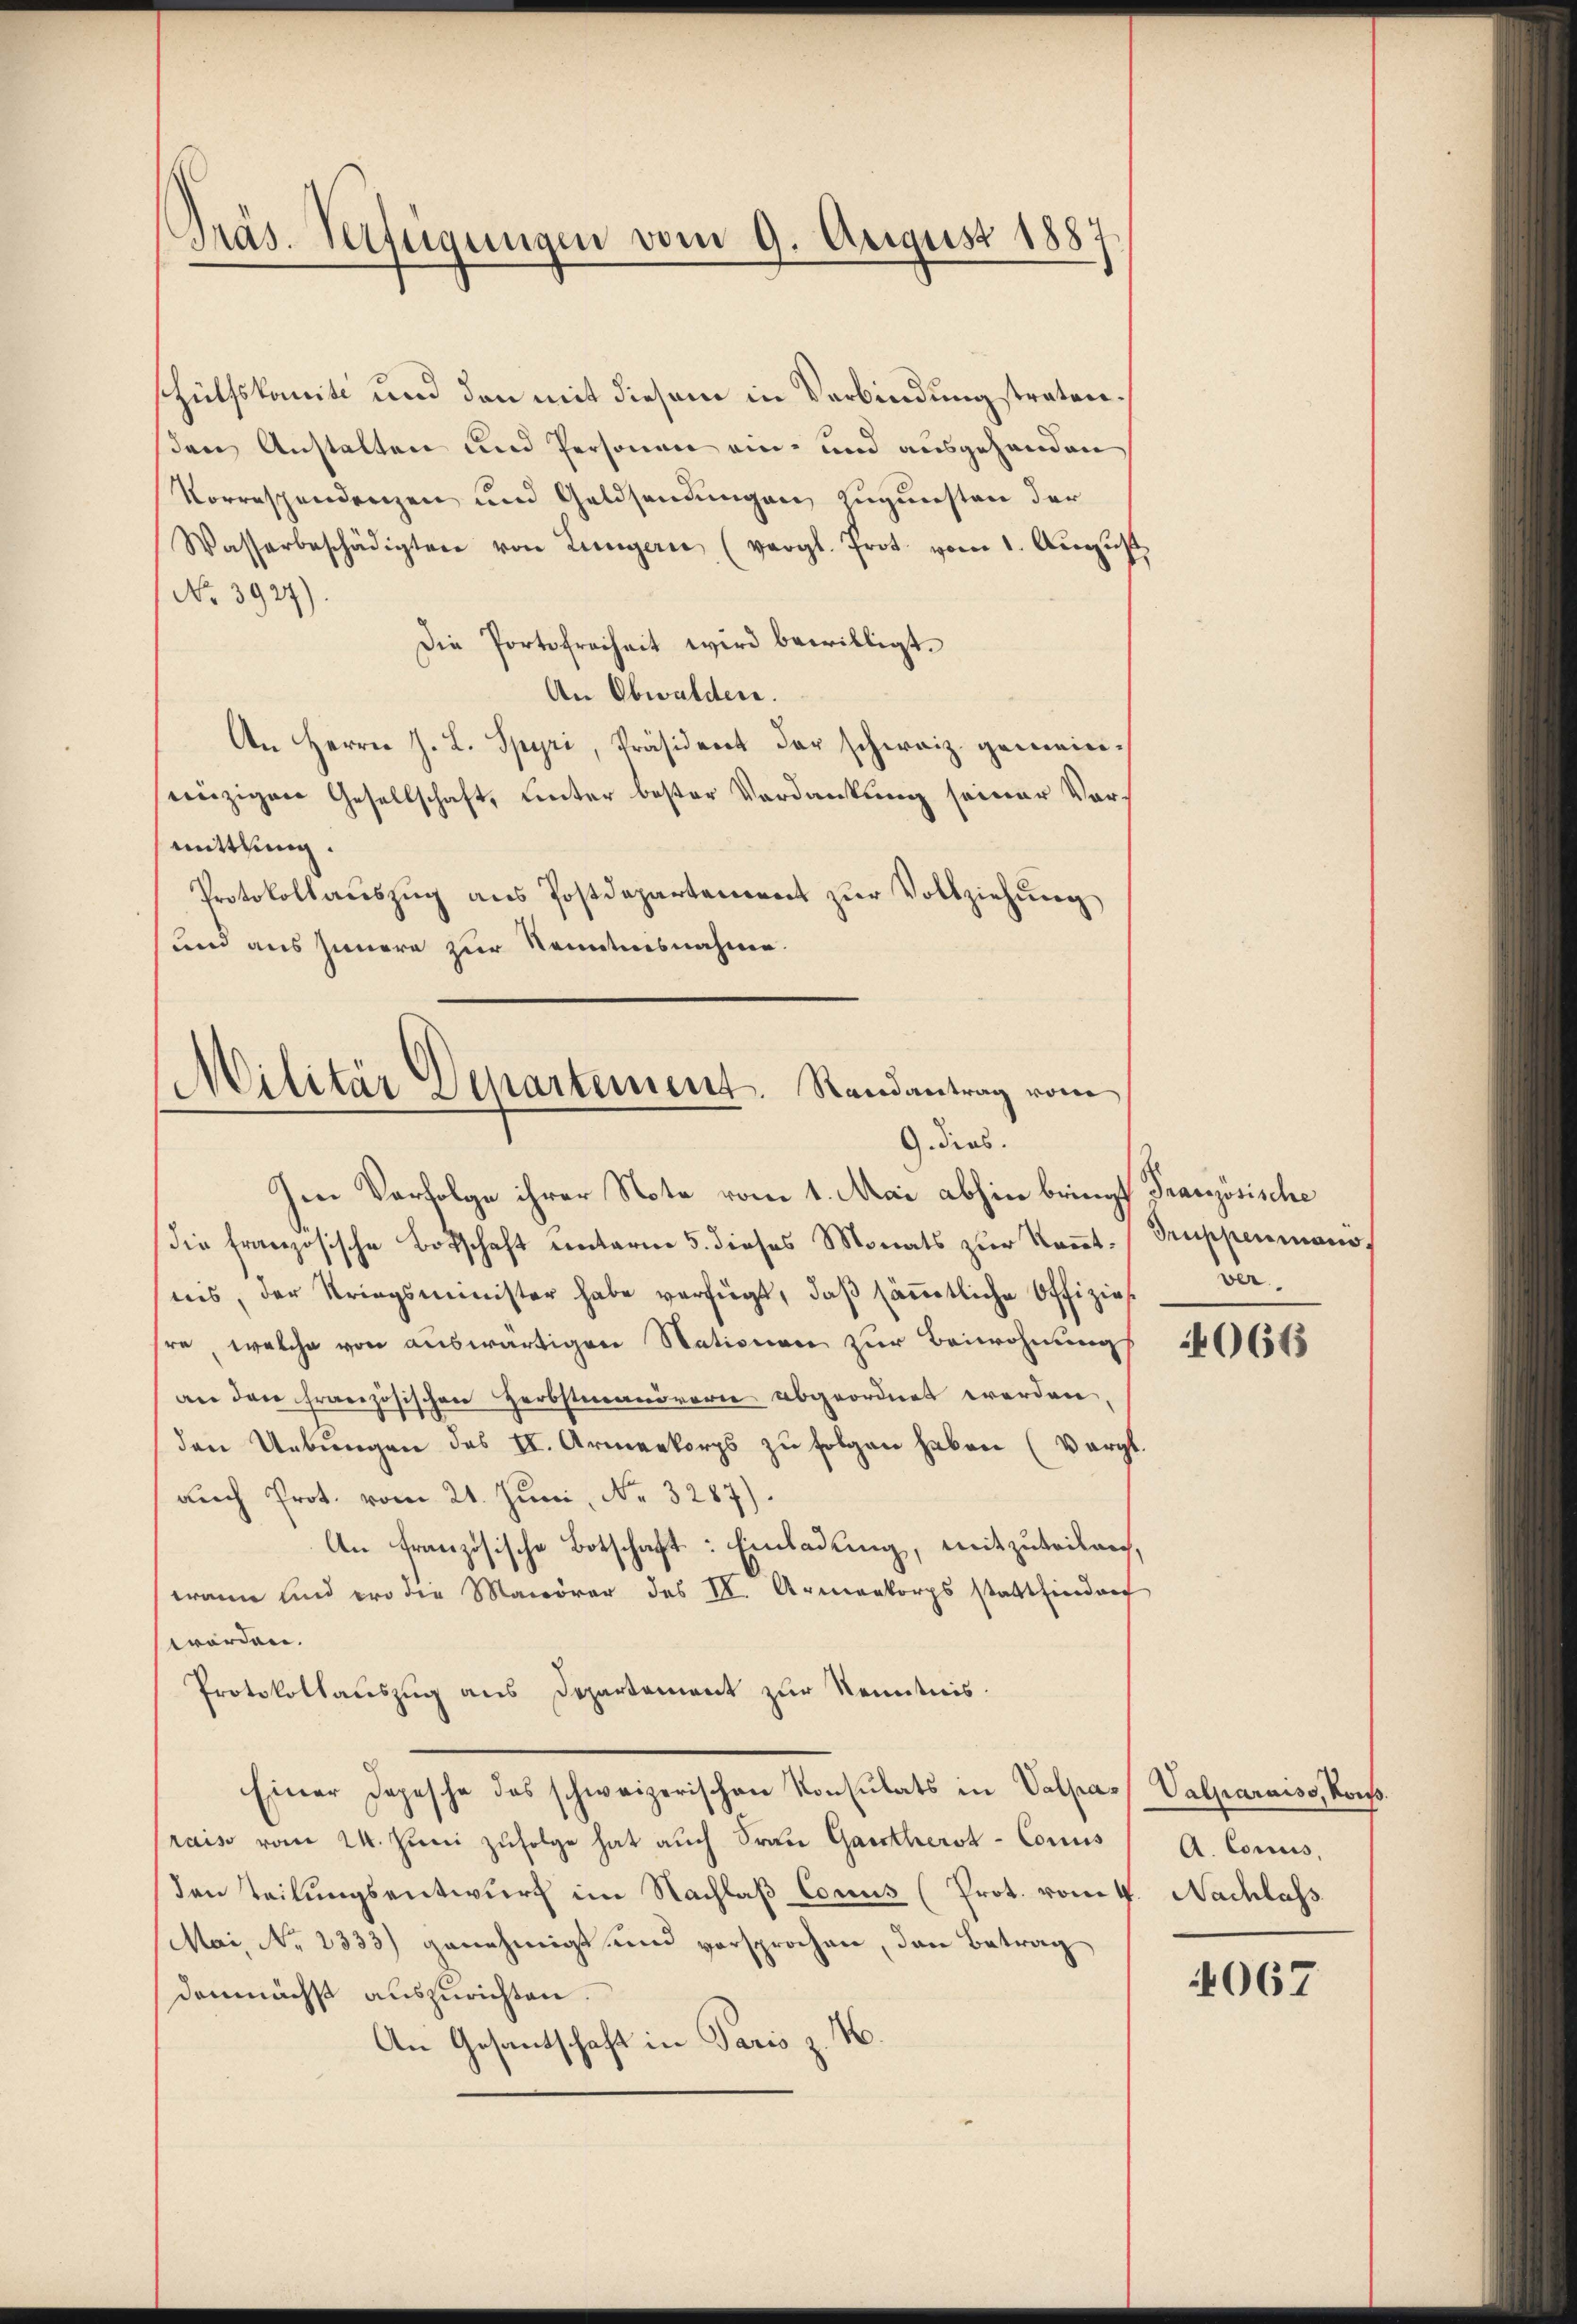
shülfskomite und den mit diesem in Verbindungstraten.
sden Anstalten und Personen ein- und ausgehenden
Korrespendenzen und Geldsendungen zugunsten der
Wasserbeschädigten von Lungern (vergl. Prot. vom 1. Aŭgŭst
No 3927).
Die Portofreiheit wird bewilligt.
An Obwalden.
An Herrn J. L. Spyri, Präsident der schweiz. gemeineinzigen Gesellschaft, unter bester Verdankung seiner Vormittlung.
Protokollauszug aus Postdepartement zur Vollziehung
und aus Innere zur Kenntnisnahme.

Präs. Verfügungen vom 9. August 1887

Im Verfolge ihrer Note vom 1. Mai abhin bringt Französische
Die französische Botschaft unterm 5. dieses Monats zur Kenntsreis, der Striegsminister habe verfügt, daß sämmtliche Offizie
hre, welche von auswärtigen Nationen zur Beiwohnung
an den Französischen Herbstmanöverne abgeordnet werden,
den Uebungen des II. Armeekorps zu folgen haben (Vergl.
auch Prot. vom 21. Juni, No. 3287).
An französische Botschaft: Einladung, mitzuteilen,
wann und er die Manöver des IV. Armenkorps stattfinderf
worden.
Protokollauszug aus Departement zur Kenntnis.
Einer Depesche das schweizerischen Konsulats in Valpa Valparniss, Kons.
rais vom 24. Juni zufolge hat auch Frau Gantherst-Cons
den Teilungsentwurf im Nachlaß Conus (Prot. vom 4. Nachlass
Mai, No 2333) genehmigt und versprochen, den Betrag
demnächst auszurichten.
.
An Gesandtschaft in Paris z

Militär-Separtement. Randantrag vom
G. dies

Gruppenmano,
ver

4066

A. Commis,

4067